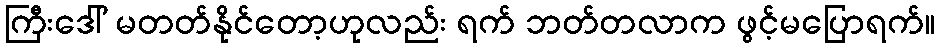
ကြီးဒေါ် မတတ်နိုင်တော့ဟုလည်း ရက် ဘတ်တလာက ဖွင့်မပြောရက်။